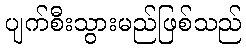
ပျက်စီးသွားမည်ဖြစ်သည်